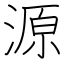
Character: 源